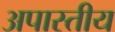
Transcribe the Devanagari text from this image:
अपास्तीय